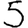
Digit: 5